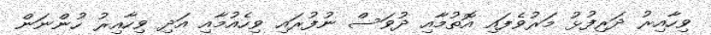
ވިހާއިރު ދަރިފުޅު މަރުވެފައި އޮތުމާއި ދުވަސް ނުފުރައި ވިހެއުމާއި އަދި ވިހާއިރު ހުންނަން